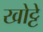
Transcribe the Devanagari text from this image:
खोट्टे